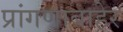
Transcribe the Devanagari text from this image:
प्रांगणाबाहेर